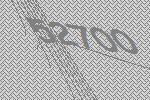
52700